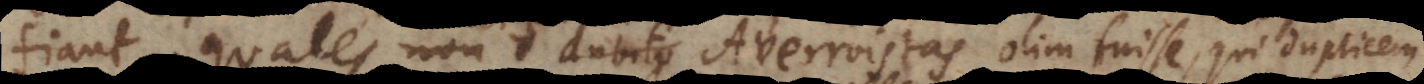
fiant, quales non dubito Averroistas olim fuisse, qui duplicem